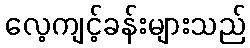
လေ့ကျင့်ခန်းများသည်